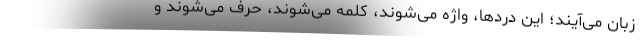
زبان می‌آیند؛ این دردها، واژه می‌شوند، کلمه می‌شوند، حرف می‌شوند و